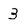
Character: 3